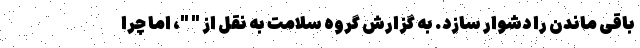
باقی ماندن را دشوار سازد. به گزارش گروه سلامت به نقل از " "، اما چرا